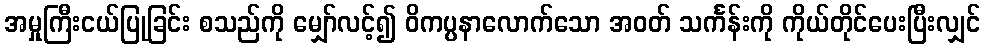
အမှုကြီးငယ်ပြုခြင်း စသည်ကို မျှော်လင့်၍ ဝိကပ္ပနာလောက်သော အဝတ် သင်္ကန်းကို ကိုယ်တိုင်ပေးပြီးလျှင်